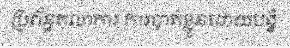
ប្រព័ន្ធតុលាការ ការបាត់ខ្លួនដោយបង្ខំ